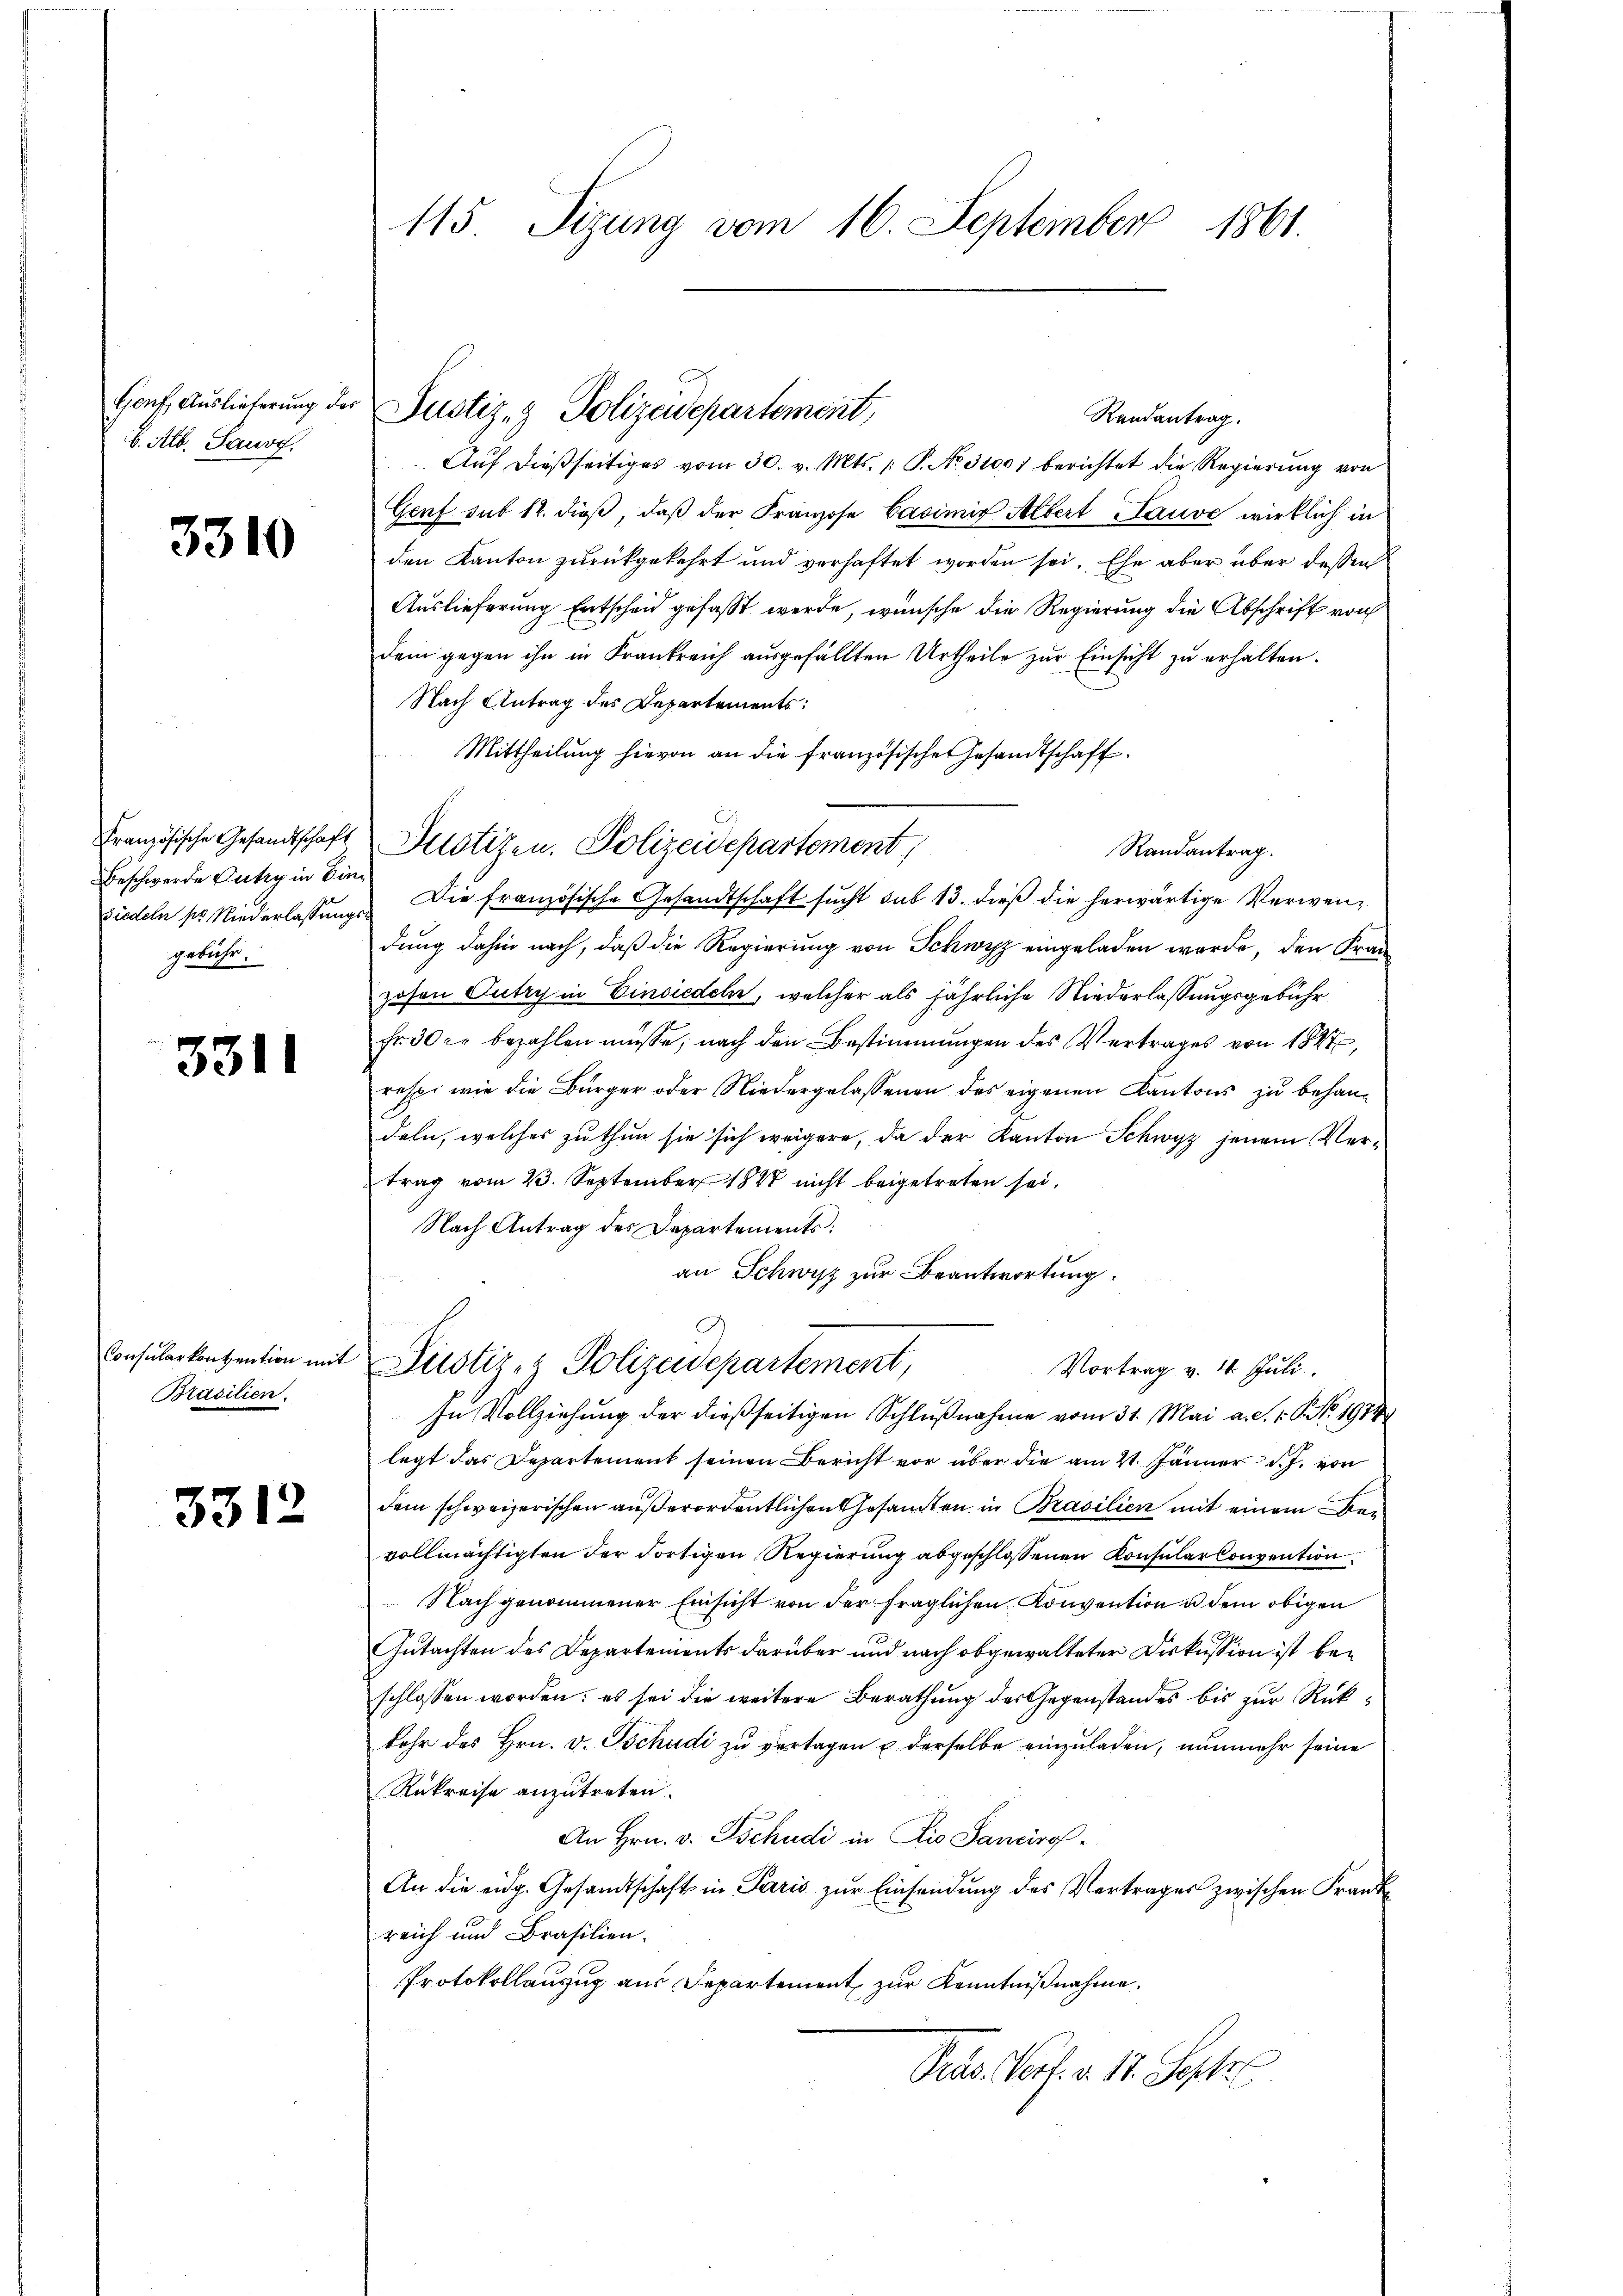
Genf Auslieferung des
b. Alb. Sano.

3310

Französische Gesandtschaft
Beschwerde Cukzy in Einsiedeln pr Niederlassungs
gebühr.

3311

Consularkonvention mit
Brasilien.

3312

115 Sizung vom 16. September 1861

Randantrag.
Auf dießseitiges vom 30. v. Mts. /: P. No. 3100 berichtet die Regierung von
Genf sub 12. dieß, daß der Franzose Casimir Albert Sause wirklich in
den Kanton zurückgekehrt und verhaftet worden sei. Ehe aber über dessen
Auslieferung Entscheid gefaßt werde, wünsche die Regierung die Abschrift von
dem gegen ihn in Frankreich ausgefällten Urtheile zŭr Einsicht zu erhalten.
Nach Antrag des Departements:
Mittheilung hievon an die französische Gesandtschaft.
Die französische Gesandtschaft sucht sub 13. dieß die herwärtige Verwendung dahin nach, daß die Regierung von Schwyz eingeladen werde, den Franzosen Putzy in Einsiedeln, welcher als jährliche Niederlassungsgebühr
Fr. 30 kr bezahlen müsse, nach den Bestimmungen des Vertrages von 1847,
resp. wie die Bürger oder Niedergelassenen des eigenen Kantons zu behandeln, welches zu thun sie sich weigere, da der Kanton Schwyz jenem Vertrag vom 23. September 1847 nicht beigetreten sei.
Nach Antrag des Departements:
an Schwyz zur Beantwortung
Justiz- & Polizeidepartement,
Vortrag v. 4. Juli.
In Vollziehung der dießseitigen Schlußnahme vom 31. Mai a. d. 1. P. NNo. 19740
legt das Departement seinen Bericht vor über die am 21. Jänner d. J. von
dem schweizerischen außerordentlichen Gesamten in Brasilien mit einem Bevollmächtigten der dortigen Regierung abgeschlossenen Konsularkonvention
Nach genommener Einsicht von der fraglichen Konvention u dem obigen
Gutachten des Departements darüber und nach obgewalteter Diskussion ist beschlossen worden; es sei die weitere Berathŭng der Gegenstandes bis zŭr Rükkehr des Hrn. v. Tschudi zu vertagen u derselbe einzuladen, nunmehr seine
Rükreise anzutreten.
An Hrn. v. Tschudi in die Sancirof¬
An die eidg. Gesandtschaft in Paris zŭr Einsendŭng des Vertrages zwischen Franke
reich und Brasilien.
Protokollauszug aus Departement zur Kenntnißnahme.
Pess. Vort. v. 14. Septe

Justiz- & Polizeidepartement,

Justizen, Polizeidepartement,

Randantrag.